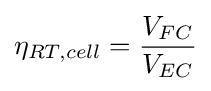
\eta _{RT,cell}={\frac {V_{FC}}{V_{EC}}}